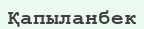
Қапыланбек